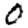
Digit: 0